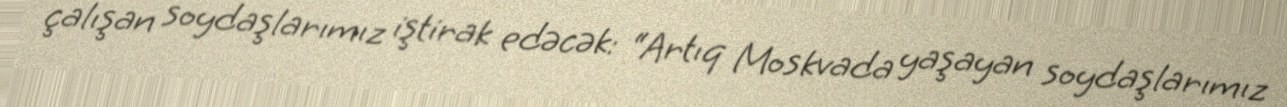
çalışan soydaşlarımız iştirak edəcək: “Artıq Moskvada yaşayan soydaşlarımız